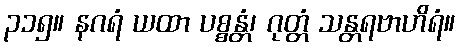
၃၁၅။ နဂရံ ယထာ ပစ္စန္တံ၊ ဂုတ္တံ သန္တရဗာဟိရံ။